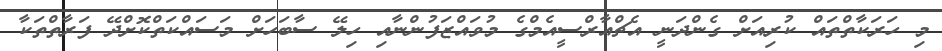
މި ހަރަކާތްތައް ކުރިއަށް ގެންދަނީ އެޗްއާރްސީއެމްގެ މުވައްޒަފުންނާއި ހިލޭ ސާބަހަށް މަސައްކަތްކޮށްދޭ ފަރާތްތަކާ